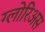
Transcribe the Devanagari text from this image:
ग्लोरिअस